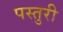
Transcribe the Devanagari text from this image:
पस्तुरी